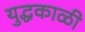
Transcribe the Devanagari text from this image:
युद्धकाळी